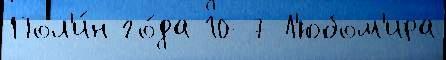
Пол'и́н го́да 10-7 Л'юбом'ира